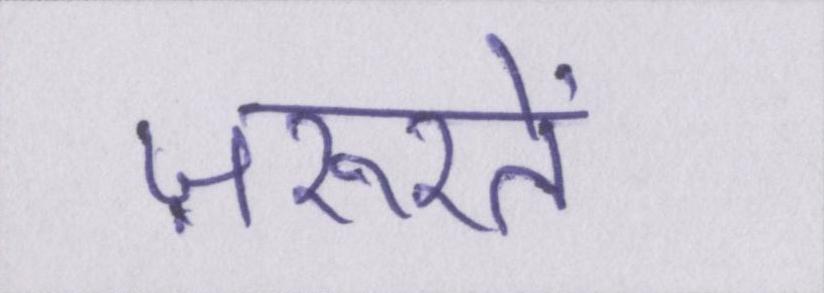
ज़रूरतें